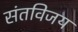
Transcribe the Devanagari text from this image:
संतविजय